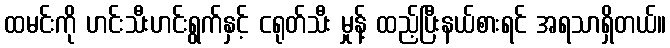
ထမင်းကို ဟင်းသီးဟင်းရွက်နှင့် ငရုတ်သီး မှုန့် ထည့်ပြီးနယ်စားရင် အရသာရှိတယ်။